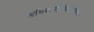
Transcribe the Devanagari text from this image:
अभिधानचिंमणिमाला